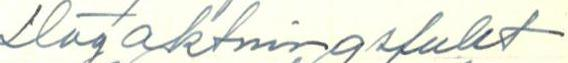
Högaktningsfullt